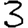
Digit: 3